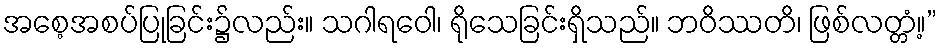
အစေ့အစပ်ပြုခြင်း၌လည်း။ သဂါရဝေါ၊ ရိုသေခြင်းရှိသည်။ ဘဝိဿတိ၊ ဖြစ်လတ္တံ့။”